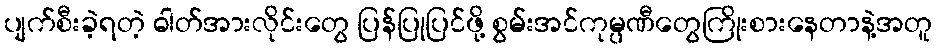
ပျက်စီးခဲ့ရတဲ့ ဓါတ်အားလိုင်းတွေ ပြန်ပြုပြင်ဖို့ စွမ်းအင်ကုမ္ပဏီတွေကြိုးစားနေတာနဲ့အတူ